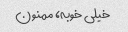
خیلی خوبه، ممنون